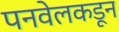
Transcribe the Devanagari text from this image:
पनवेलकडून